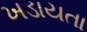
ખડાયતા